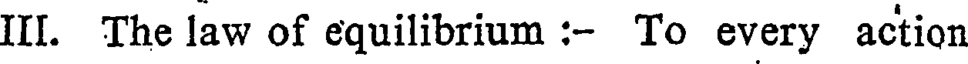
III. The law of equilibrium :- To every action